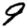
Digit: 9